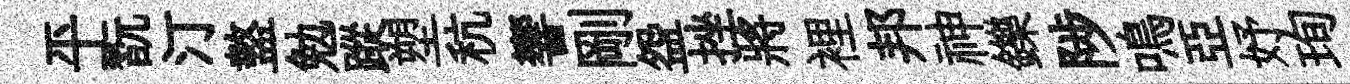
平翫汀盩勉蹤塑秔響剛盌挫將裡邦神鑠陟鳴亞妤珣